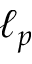
\ell _ { p }